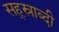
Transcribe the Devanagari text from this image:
सह्स्राब्दी